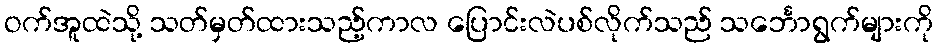
ဝက်အူထဲသို့ သတ်မှတ်ထားသည့်ကာလ ပြောင်းလဲပစ်လိုက်သည် သင်္ဘောရွက်များကို